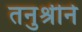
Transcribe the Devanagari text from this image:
तनुश्रीने